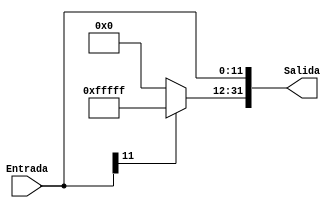
`timescale 1ns / 1ps
//////////////////////////////////////////////////////////////////////////////////
// Company: 
// Engineer: 
// 
// Design Name: 
// Module Name: SignExtend_12_32
// Project Name: 
// Target Devices: 
// Tool Versions: 
// Description: 
// 
// Dependencies: 
// 
// Revision:
// Revision 0.01 - File Created
// Additional Comments:
// 
//////////////////////////////////////////////////////////////////////////////////
// DOCUMENTACION
// Los extensores de signo funcionan para incrementar el numero de bits de un numero manteniendo el valor del numero original
// En este caso se hace una extension de signo a 32 bits para un valor de 12 bits
// Se extiende el resultado de la concatenacion realizada por ConcatenacionImm
//////////////////////////////////////////////////////////////////////////////////

module SignExtend_12_32(        //  Toma un numero en binario de 12 bits y lo pasa a formato de 32 bits insertando ceros a la izquierda
    input [11:0] Entrada,       //  Entrada de 12 bits
    output reg [31:0] Salida    //  Salida de 32 bits
    );
    
    always @(*) begin                               //  Cada vez que se de un cambio en alguna entrada se actualiza
        if (Entrada[11]==1) begin                       //  Como es un extensor con signo, debemos ver si es un numero negativo
            Salida[31:12] <= 20'b11111111111111111111;   //  Si es negativo, extendemos con 1
            Salida[11:0] <= Entrada[11:0];              //  La salida consiste de la extension de signo a 32 bits de la entrada de 13 bits
        end
        else begin                                      //  Caso donde el numero es positivo
            Salida[31:12] <= 20'b00000000000000000000;   //  Si es positivo, extendemos con 0
            Salida[11:0] <= Entrada[11:0];              //  La salida consiste de la extension de signo a 32 bits de la entrada de 13 bits
        end
    end
endmodule